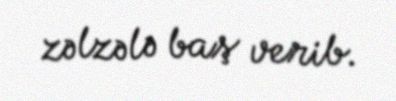
zəlzələ baş verib.